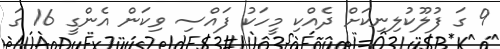
9 ގަ ފުލޫކުލިނިކަށް ދެއްކި މީހަކު ފައްސި ވިކަން އެންގީ 16 ގަ